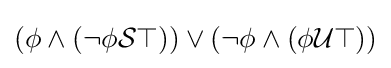
(\phi \land (\neg \phi {\mathcal {S}}\top ))\lor (\neg \phi \land (\phi {\mathcal {U}}\top ))